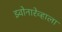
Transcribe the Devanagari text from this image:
झ्वोनारेव्हाला